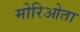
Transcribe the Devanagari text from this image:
मोरिओता